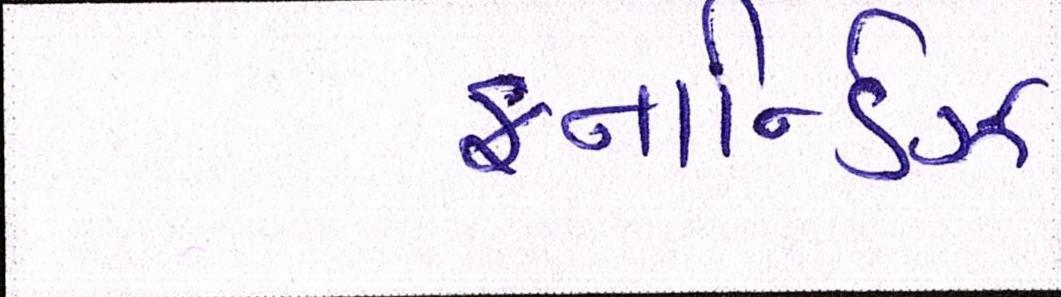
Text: ફનાર્ન્ડિઝ